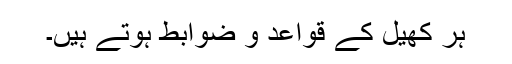
ہر کھیل کے قواعد و ضوابط ہوتے ہیں۔